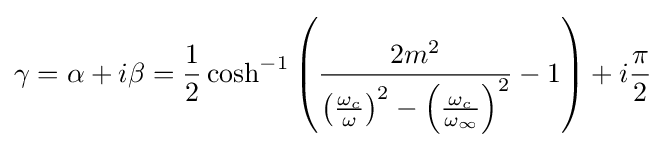
\gamma =\alpha +i\beta ={\frac {1}{2}}\cosh ^{-1}\left({\frac {2m^{2}}{\left({\frac {\omega _{c}}{\omega }}\right)^{2}-\left({\frac {\omega _{c}}{\omega _{\infty }}}\right)^{2}}}-1\right)+i{\frac {\pi }{2}}